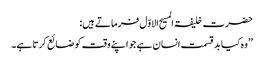
حضرت خلیفۃ المسیح الاوّل فرماتے ہیں:
’’وہ کیا بد قسمت انسان ہے جو اپنے وقت کو ضائع کرتا ہے۔